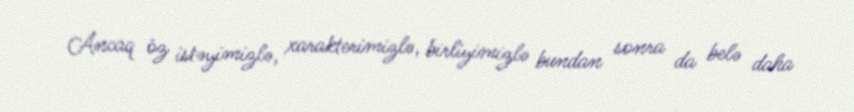
Ancaq öz istəyimizlə, xarakterimizlə, birliyimizlə bundan sonra da belə daha